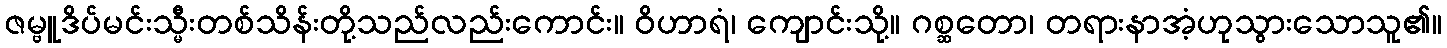
ဇမ္ဗူဒိပ်မင်းသ္မီးတစ်သိန်းတို့သည်လည်းကောင်း။ ဝိဟာရံ၊ ကျောင်းသို့။ ဂစ္ဆတော၊ တရားနာအံ့ဟုသွားသောသူ၏။